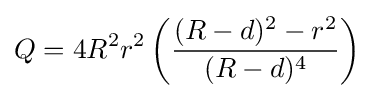
Q=4R^{2}r^{2}\left({\frac {(R-d)^{2}-r^{2}}{(R-d)^{4}}}\right)